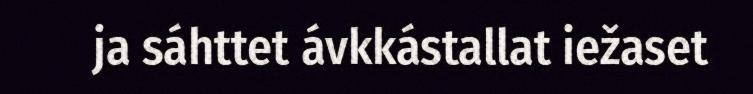
ja sáhttet ávkkástallat iežaset